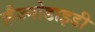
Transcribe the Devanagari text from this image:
फ़ैज्मोडाइडी